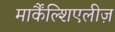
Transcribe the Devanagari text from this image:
मार्कैंल्शिएलीज़